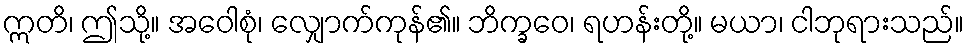
ဣတိ၊ ဤသို့။ အဝေါစုံ၊ လျှောက်ကုန်၏။ ဘိက္ခဝေ၊ ရဟန်းတို့။ မယာ၊ ငါဘုရားသည်။